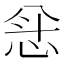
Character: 𫺅